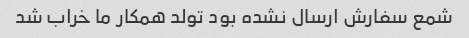
شمع سفارش ارسال نشده بود تولد همکار ما خراب شد